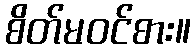
စိတ်မဝင်စား။